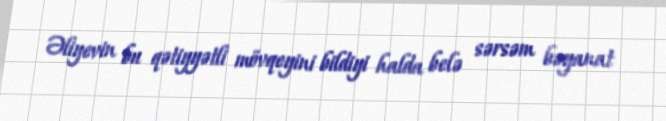
Əliyevin bu qətiyyətli mövqeyini bildiyi halda belə sərsəm bəyanat